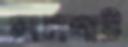
মালশাট